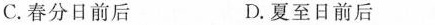
C.春分日前后 D.夏至日前后